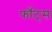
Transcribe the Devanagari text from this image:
फाँट्‌स